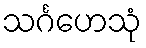
သင်္ဂဟေသုံ